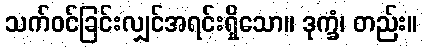
သက်ဝင်ခြင်းလျှင်အရင်းရှိသော။ ဒုက္ခံ၊ တည်း။